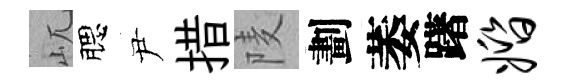
屼腮尹措𨹧劃萎躇婚